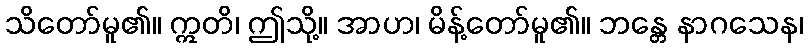
သိတော်မူ၏။ ဣတိ၊ ဤသို့။ အာဟ၊ မိန့်တော်မူ၏။ ဘန္တေ နာဂသေန၊